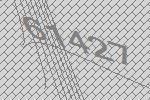
61427